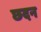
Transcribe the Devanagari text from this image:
छदन